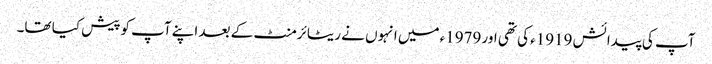
آپ کی پیدائش 1919ء کی تھی اور 1979ء میں انہوں نے ریٹائرمنٹ کے بعد اپنے آپ کوپیش کیا تھا۔